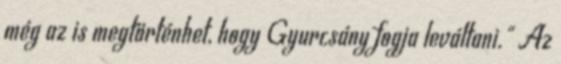
még az is megtörténhet, hogy Gyurcsány fogja leváltani." Az